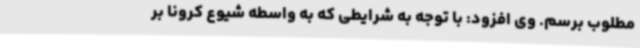
مطلوب برسم. وی افزود: با توجه به شرایطی که به واسطه شیوع کرونا بر